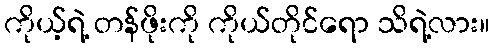
ကိုယ့်ရဲ့ တန်ဖိုးကို ကိုယ်တိုင်ရော သိရဲ့လား။